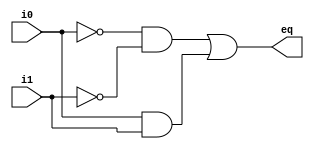
// Listing 7.3
module eq1_block
  (
  input wire i0, i1,
  output reg eq
  );

  reg p0, p1;

  always @(i0,i1) // only i0 and i1 in sensitivity list
  // the order of statements is important
  begin
     p0 = ~i0 & ~i1;
     p1 = i0 & i1;
     eq = p0 | p1;
  end

endmodule